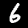
Label: 6